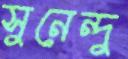
সুনেন্দু